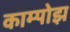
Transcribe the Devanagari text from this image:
काम्पोझ